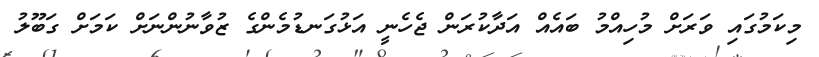
މިކަމުގައި ވަރަށް މުހިއްމު ބައެއް އަދާކުރަން ޖެހެނީ އަޅުގަނޑުމެންގެ ޒުވާނުންނަށް ކަމަށް ގަބޫލު